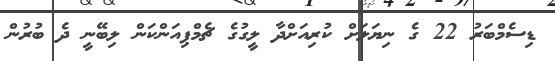
ޑިސެމްބަރު 22 ގެ ނިޔަލަށް ކުރިއަށްދާ ލީގުގެ ޗެމްޕިއަންކަން ލިބޭނީ ދެ ބުރުން